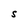
Character: S